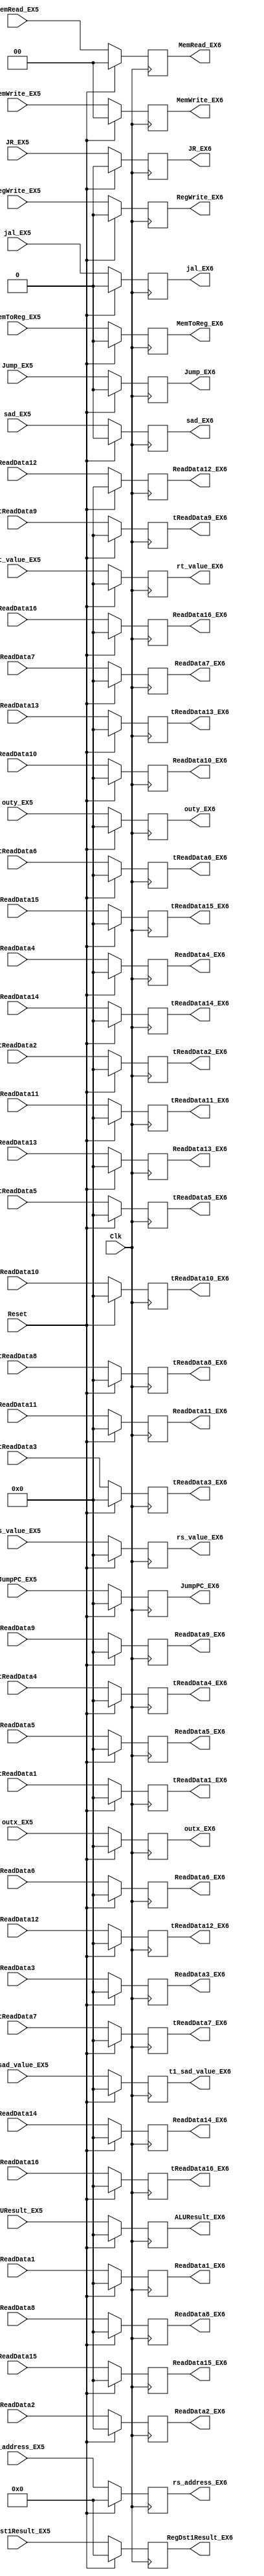
`timescale 1ns / 1ps

module EX5_EX6_Reg(ALUResult_EX5, /*PCPlusOffset_MEM,*/ /* rt_Register_Value_EX5,*/
    RegDst1Result_EX5, /*Zero_MEM,*/ MemWrite_EX5, MemToReg_EX5, MemRead_EX5, /*Branch_MEM,*/ RegWrite_EX5, 
    jal_EX5, Jump_EX5, JR_EX5, JumpPC_EX5, rs_value_EX5, rt_value_EX5,Clk, Reset,
    //EX6
    ALUResult_EX6, /*PCPlusOffset_MEM,*/ /* rt_Register_Value_EX6,*/
    RegDst1Result_EX6, /*Zero_MEM,*/ MemWrite_EX6, MemToReg_EX6, MemRead_EX6, /*Branch_MEM,*/ RegWrite_EX6, 
    jal_EX6, Jump_EX6, JR_EX6, JumpPC_EX6, rs_value_EX6,rt_value_EX6,
    //registers for custom instruction EX5
    t1_sad_value_EX5, outx_EX5, outy_EX5,sad_EX5,
    ReadData1,ReadData2,ReadData3,ReadData4,ReadData5,ReadData6,ReadData7,ReadData8,ReadData9,ReadData10,
    ReadData11,ReadData12,ReadData13,ReadData14,ReadData15,ReadData16,
    tReadData1,tReadData2,tReadData3,tReadData4,tReadData5,tReadData6,tReadData7,tReadData8,tReadData9,tReadData10,
    tReadData11,tReadData12,tReadData13,tReadData14,tReadData15,tReadData16,
    //registers for custom instruction EX6
    t1_sad_value_EX6, outx_EX6, outy_EX6,sad_EX6,
    ReadData1_EX6,ReadData2_EX6,ReadData3_EX6,ReadData4_EX6,ReadData5_EX6,ReadData6_EX6,ReadData7_EX6,ReadData8_EX6,ReadData9_EX6,
    ReadData10_EX6,ReadData11_EX6,ReadData12_EX6,ReadData13_EX6,ReadData14_EX6,ReadData15_EX6,ReadData16_EX6,
    tReadData1_EX6,tReadData2_EX6,tReadData3_EX6,tReadData4_EX6,tReadData5_EX6,tReadData6_EX6,tReadData7_EX6,tReadData8_EX6,
    tReadData9_EX6,tReadData10_EX6, tReadData11_EX6,tReadData12_EX6,tReadData13_EX6,tReadData14_EX6,tReadData15_EX6,tReadData16_EX6,
    //EXTRA ADDITIONS
    rs_address_EX5,rs_address_EX6
    );

input [31:0] ALUResult_EX5, /* rt_Register_Value_EX,*/ rs_value_EX5, rt_value_EX5, JumpPC_EX5;
input [4:0] RegDst1Result_EX5,rs_address_EX5;
input [1:0] MemWrite_EX5, MemRead_EX5;
input MemToReg_EX5, RegWrite_EX5, jal_EX5, Jump_EX5, JR_EX5,sad_EX5;
input Clk, Reset;

output reg [31:0] ALUResult_EX6, /* rt_Register_Value_EX2,*/ rs_value_EX6, rt_value_EX6, JumpPC_EX6;
output reg [4:0] RegDst1Result_EX6,rs_address_EX6;
output reg [1:0] MemWrite_EX6, MemRead_EX6;
output reg MemToReg_EX6, RegWrite_EX6, jal_EX6, Jump_EX6, JR_EX6,sad_EX6;

// custom instruction
input [31:0] t1_sad_value_EX5, outx_EX5, outy_EX5,
    ReadData1,ReadData2,ReadData3,ReadData4,ReadData5,ReadData6,ReadData7,ReadData8,ReadData9,ReadData10,
    ReadData11,ReadData12,ReadData13,ReadData14,ReadData15,ReadData16,
    tReadData1,tReadData2,tReadData3,tReadData4,tReadData5,tReadData6,tReadData7,tReadData8,tReadData9,tReadData10,
    tReadData11,tReadData12,tReadData13,tReadData14,tReadData15,tReadData16;

output reg [31:0] t1_sad_value_EX6, outx_EX6, outy_EX6,
    ReadData1_EX6,ReadData2_EX6,ReadData3_EX6,ReadData4_EX6,ReadData5_EX6,ReadData6_EX6,ReadData7_EX6,ReadData8_EX6,ReadData9_EX6,
    ReadData10_EX6,ReadData11_EX6,ReadData12_EX6,ReadData13_EX6,ReadData14_EX6,ReadData15_EX6,ReadData16_EX6,
    tReadData1_EX6,tReadData2_EX6,tReadData3_EX6,tReadData4_EX6,tReadData5_EX6,tReadData6_EX6,tReadData7_EX6,tReadData8_EX6,
    tReadData9_EX6,tReadData10_EX6, tReadData11_EX6,tReadData12_EX6,tReadData13_EX6,tReadData14_EX6,tReadData15_EX6,tReadData16_EX6;

initial begin
    ALUResult_EX6 <= 0;
//  rt_Register_Value_EX <= 0;
    rs_value_EX6 <= 0;
    rt_value_EX6 <= 0;
    RegDst1Result_EX6 <= 0;
    MemWrite_EX6 <= 0;
    MemToReg_EX6 <= 0;
    MemRead_EX6 <= 0;
    RegWrite_EX6 <= 0;
    jal_EX6 <= 0;
    Jump_EX6 <= 0;
    JR_EX6 <= 0;
    JumpPC_EX6 <= 0;

    t1_sad_value_EX6 <= 0;
    //t0_target_value_EX6 <= 0;
    outx_EX6 <= 0;
    outy_EX6 <= 0;
    sad_EX6 <= 0;

    ReadData1_EX6 <= 0;
    ReadData2_EX6 <= 0;
    ReadData3_EX6 <= 0;
    ReadData4_EX6 <= 0;
    ReadData5_EX6 <= 0;
    ReadData6_EX6 <= 0;
    ReadData7_EX6 <= 0;
    ReadData8_EX6 <= 0;
    ReadData9_EX6 <= 0;
    ReadData10_EX6 <= 0;
    ReadData11_EX6 <= 0;
    ReadData12_EX6 <= 0;
    ReadData13_EX6 <= 0;
    ReadData14_EX6 <= 0;
    ReadData15_EX6 <= 0;
    ReadData16_EX6 <= 0;

    tReadData1_EX6 <= 0;
    tReadData2_EX6 <= 0;
    tReadData3_EX6 <= 0;
    tReadData4_EX6 <= 0;
    tReadData5_EX6 <= 0;
    tReadData6_EX6 <= 0;
    tReadData7_EX6 <= 0;
    tReadData8_EX6 <= 0;
    tReadData9_EX6 <= 0;
    tReadData10_EX6 <= 0;
    tReadData11_EX6 <= 0;
    tReadData12_EX6 <= 0;
    tReadData13_EX6 <= 0;
    tReadData14_EX6 <= 0;
    tReadData15_EX6 <= 0;
    tReadData16_EX6 <= 0;

    rs_address_EX6 <= 0;
end

always @(posedge Clk) begin
    
    if (Reset == 1)begin
    ALUResult_EX6 <= 0;
//  rt_Register_Value_EX <= 0;
    rs_value_EX6 <= 0;
    rt_value_EX6 <= 0;
    RegDst1Result_EX6 <= 0;
    MemWrite_EX6 <= 0;
    MemToReg_EX6 <= 0;
    MemRead_EX6 <= 0;
    RegWrite_EX6 <= 0;
    jal_EX6 <= 0;
    Jump_EX6 <= 0;
    JR_EX6 <= 0;
    JumpPC_EX6 <= 0;

    t1_sad_value_EX6 <= 0;
    //t0_target_value_EX6 <= 0;
    outx_EX6 <= 0;
    outy_EX6 <= 0;
    sad_EX6 <= 0;

    ReadData1_EX6 <= 0;
    ReadData2_EX6 <= 0;
    ReadData3_EX6 <= 0;
    ReadData4_EX6 <= 0;
    ReadData5_EX6 <= 0;
    ReadData6_EX6 <= 0;
    ReadData7_EX6 <= 0;
    ReadData8_EX6 <= 0;
    ReadData9_EX6 <= 0;
    ReadData10_EX6 <= 0;
    ReadData11_EX6 <= 0;
    ReadData12_EX6 <= 0;
    ReadData13_EX6 <= 0;
    ReadData14_EX6 <= 0;
    ReadData15_EX6 <= 0;
    ReadData16_EX6 <= 0;

    tReadData1_EX6 <= 0;
    tReadData2_EX6 <= 0;
    tReadData3_EX6 <= 0;
    tReadData4_EX6 <= 0;
    tReadData5_EX6 <= 0;
    tReadData6_EX6 <= 0;
    tReadData7_EX6 <= 0;
    tReadData8_EX6 <= 0;
    tReadData9_EX6 <= 0;
    tReadData10_EX6 <= 0;
    tReadData11_EX6 <= 0;
    tReadData12_EX6 <= 0;
    tReadData13_EX6 <= 0;
    tReadData14_EX6 <= 0;
    tReadData15_EX6 <= 0;
    tReadData16_EX6 <= 0;

    rs_address_EX6 <= 0;
    end
    else begin
    ALUResult_EX6 <= ALUResult_EX5;
//  rt_Register_Value_EX2 <= rt_Register_Value_EX1;
    rs_value_EX6 <= rs_value_EX5;
    rt_value_EX6 <= rt_value_EX5;
    RegDst1Result_EX6 <= RegDst1Result_EX5;
    MemWrite_EX6 <= MemWrite_EX5;
    MemToReg_EX6 <= MemToReg_EX5;
    MemRead_EX6 <= MemRead_EX5;
    RegWrite_EX6 <= RegWrite_EX5;
    jal_EX6 <= jal_EX5;
    Jump_EX6 <= Jump_EX5;
    JR_EX6 <= JR_EX5;
    JumpPC_EX6 <= JumpPC_EX5;

    t1_sad_value_EX6 <= t1_sad_value_EX5;
   //t0_target_value_EX6 <= t0_target_value_EX5;
    outx_EX6 <= outx_EX5;
    outy_EX6 <= outy_EX5;
    sad_EX6 <= sad_EX5;

    ReadData1_EX6 <= ReadData1;
    ReadData2_EX6 <= ReadData2;
    ReadData3_EX6 <= ReadData3;
    ReadData4_EX6 <= ReadData4;
    ReadData5_EX6 <= ReadData5;
    ReadData6_EX6 <= ReadData6;
    ReadData7_EX6 <= ReadData7;
    ReadData8_EX6 <= ReadData8;
    ReadData9_EX6 <= ReadData9;
    ReadData10_EX6 <= ReadData10;
    ReadData11_EX6 <= ReadData11;
    ReadData12_EX6 <= ReadData12;
    ReadData13_EX6 <= ReadData13;
    ReadData14_EX6 <= ReadData14;
    ReadData15_EX6 <= ReadData15;
    ReadData16_EX6 <= ReadData16;

    tReadData1_EX6 <= tReadData1;
    tReadData2_EX6 <= tReadData2;
    tReadData3_EX6 <= tReadData3;
    tReadData4_EX6 <= tReadData4;
    tReadData5_EX6 <= tReadData5;
    tReadData6_EX6 <= tReadData6;
    tReadData7_EX6 <= tReadData7;
    tReadData8_EX6 <= tReadData8;
    tReadData9_EX6 <= tReadData9;
    tReadData10_EX6 <= tReadData10;
    tReadData11_EX6 <= tReadData11;
    tReadData12_EX6 <= tReadData12;
    tReadData13_EX6 <= tReadData13;
    tReadData14_EX6 <= tReadData14;
    tReadData15_EX6 <= tReadData15;
    tReadData16_EX6 <= tReadData16;

    rs_address_EX6 <= rs_address_EX5;
    end
    
end

endmodule